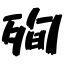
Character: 殉